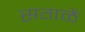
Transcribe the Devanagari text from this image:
सगळें